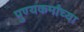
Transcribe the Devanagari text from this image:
पुण्यकर्मांच्या